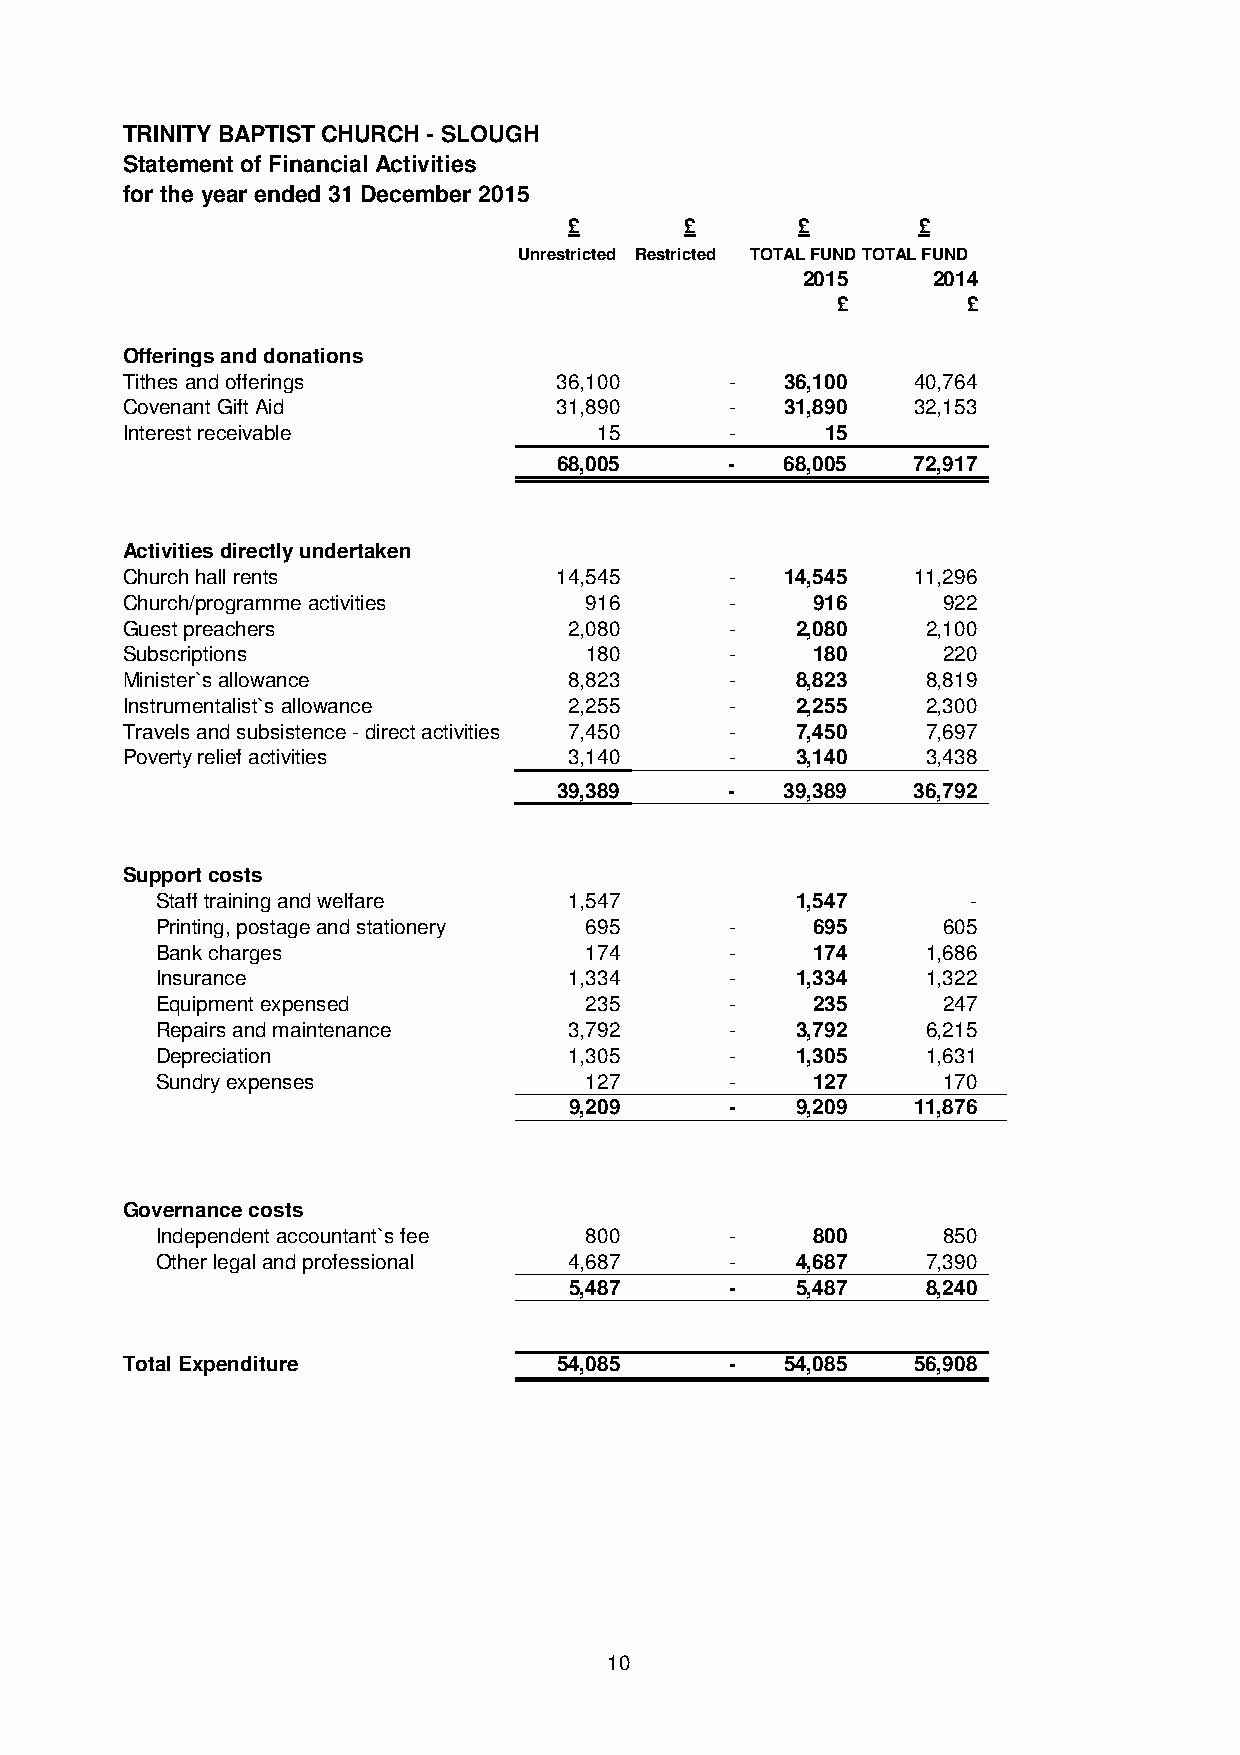
TRINITY BAPTIST CHURCH - SLOUGH
 Statement of Financial Activities
 for the year ended 31 December 2015
 £      £       £       £
 Unrestricted Restricted TOTAL FUNDTOTAL FUND
 2015     2014
 £        £
 Offerings and donations
 Tithes and offerings         36,100     -   36,100  40,764
 Covenant Gift Aid            31,890     -   31,890  32,153
 Interest receivable             15      -      15
 68,005     -   68,005  72,917
 Activities directly undertaken
 Church hall rents            14,545     -   14,545  11,296
 Church/programme activities    916      -     916     922
 Guest preachers               2,080     -    2,080   2,100
 Subscriptions                  180      -     180     220
 Minister`s allowance          8,823     -    8,823   8,819
 Instrumentalist`s allowance   2,255     -    2,255   2,300
 Travels and subsistence - direct activities 7,450 - 7,450 7,697
 Poverty relief activities     3,140     -    3,140   3,438
 39,389     -   39,389  36,792
 Support costs
 Staff training and welfare  1,547          1,547      -
 Printing, postage and stationery 695  -     695     605
 Bank charges                 174      -     174    1,686
 Insurance                   1,334     -    1,334   1,322
 Equipment expensed           235      -     235     247
 Repairs and maintenance     3,792     -    3,792   6,215
 Depreciation                1,305     -    1,305   1,631
 Sundry expenses              127      -     127     170
 9,209     -    9,209  11,876
 Governance costs
 Independent accountant`s fee 800      -     800     850
 Other legal and professional 4,687    -    4,687   7,390
 5,487     -    5,487   8,240
 Total Expenditure            54,085     -   54,085  56,908
 10